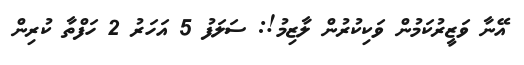
އޭނާ ވަޒީރުކަމުން ވަކިކުރުން ލާޒިމު!: ސަލަފު 5 އަހަރު 2 ހަފްތާ ކުރިން